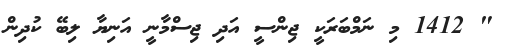
" 1412 މި ނަމްބަރަކީ ޖިންސީ އަދި ޖިސްމާނީ އަނިޔާ ލިބޭ ކުދިން